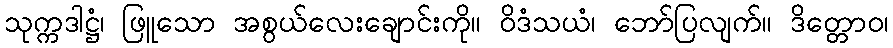
သုက္ကဒါဋ္ဌံ၊ ဖြူသော အစွယ်လေးချောင်းကို။ ဝိဒံသယံ၊ ဘော်ပြလျက်။ ဒိတ္တောဝ၊